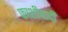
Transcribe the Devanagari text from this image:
फाशीवादी